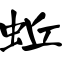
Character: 蚯